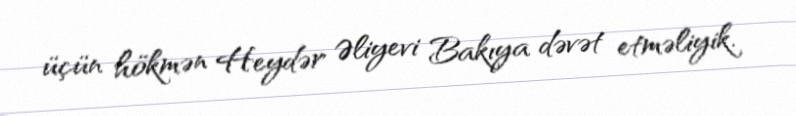
üçün hökmən Heydər Əliyevi Bakıya dəvət etməliyik.